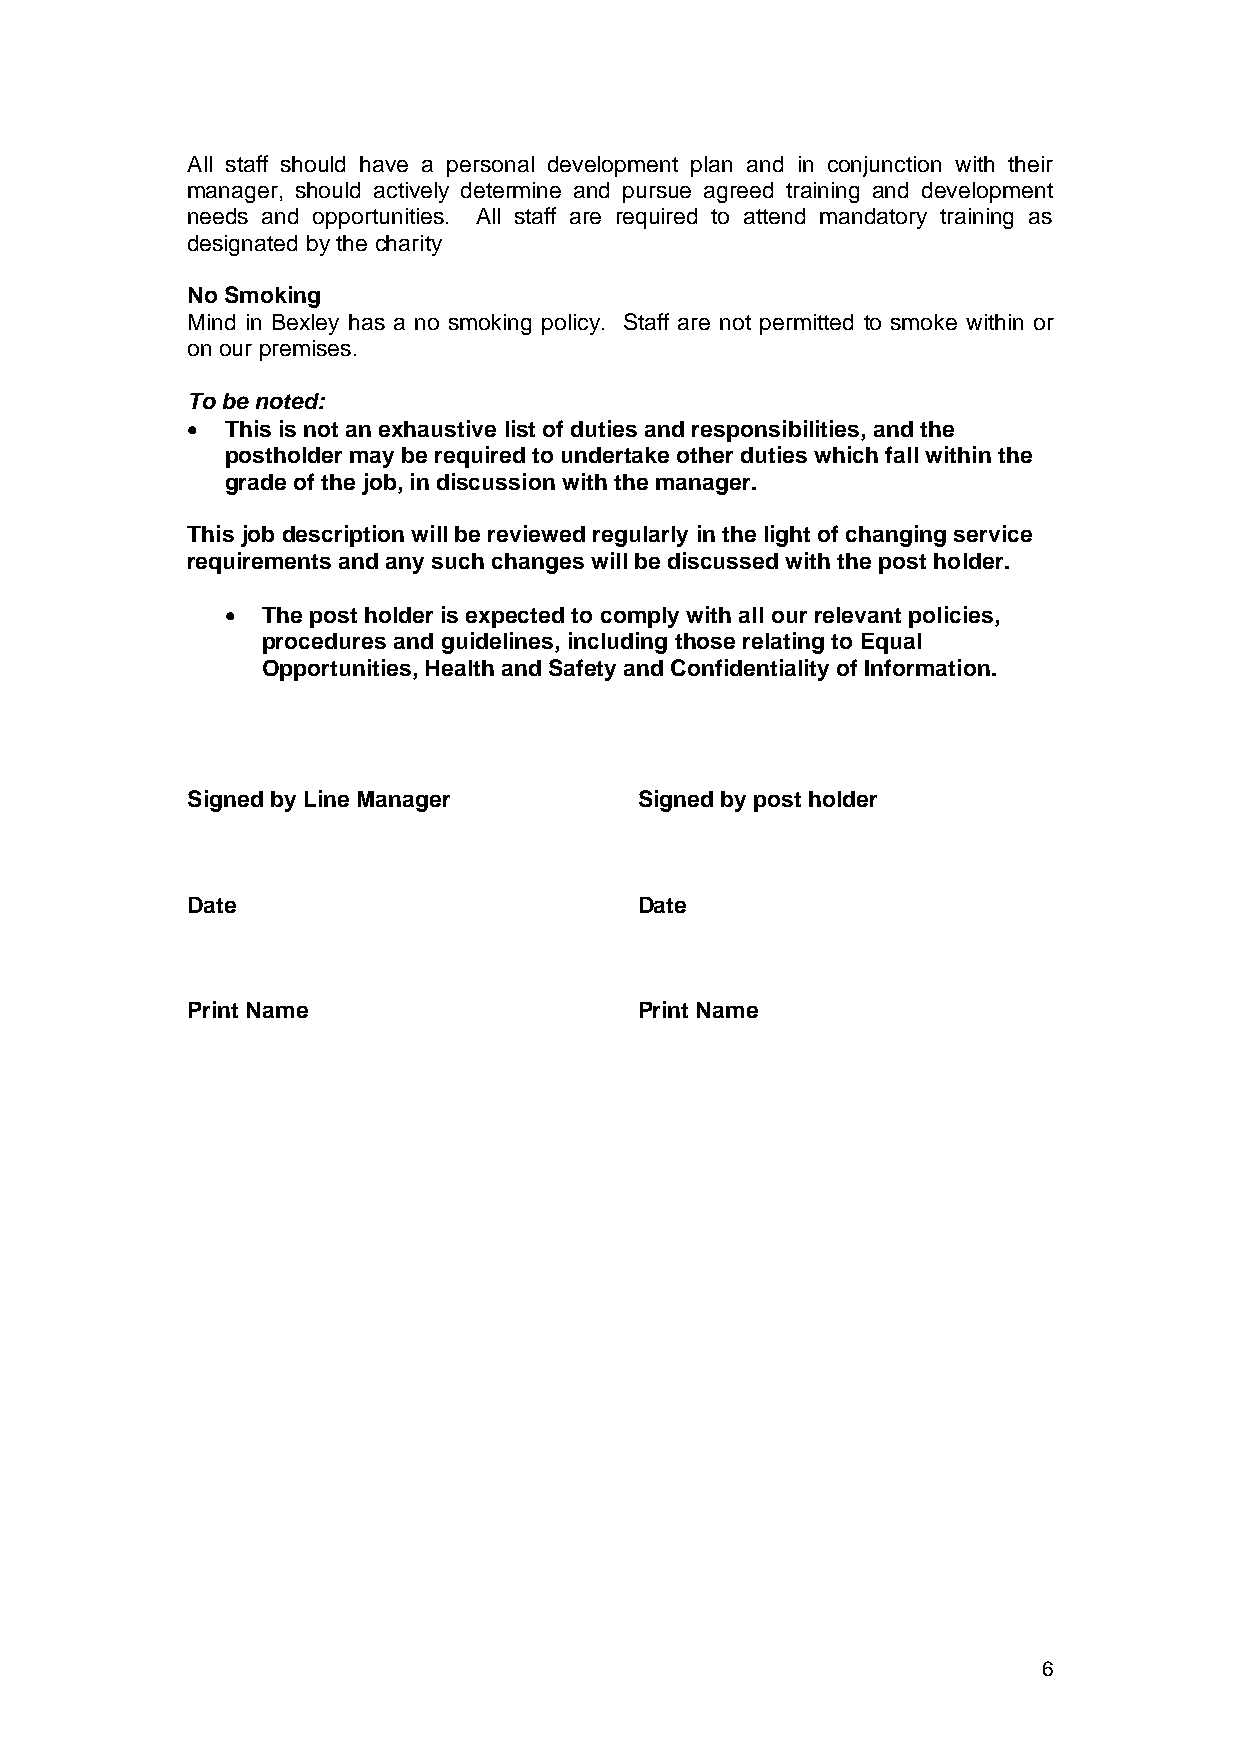
All staff should have a personal development plan and in conjunction with their
 manager, should actively determine and pursue agreed training and development
 needs and opportunities. All staff are required to attend mandatory training as
 designated by the charity
 No Smoking
 Mind in Bexley has a no smoking policy. Staff are not permitted to smoke within or
 on our premises.
 To be noted:
 •  This is not an exhaustive list of duties and responsibilities, and the
 postholder may be required to undertake other duties which fall within the
 grade of the job, in discussion with the manager.
 This job description will be reviewed regularly in the light of changing service
 requirements and any such changes will be discussed with the post holder.
 • The post holder is expected to comply with all our relevant policies,
 procedures and guidelines, including those relating to Equal
 Opportunities, Health and Safety and Confidentiality of Information.
 Signed by Line Manager        Signed by post holder
 Date                          Date
 Print Name                    Print Name
 6